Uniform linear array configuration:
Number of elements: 12
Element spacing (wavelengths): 0.25
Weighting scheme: hann
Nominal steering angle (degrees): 15
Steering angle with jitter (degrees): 14.486
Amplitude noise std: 0.05
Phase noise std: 0.05

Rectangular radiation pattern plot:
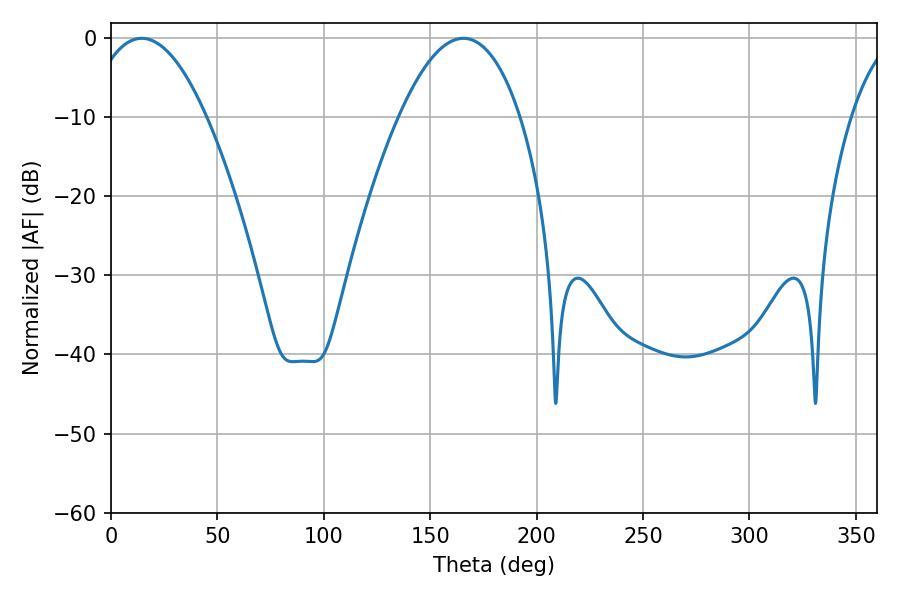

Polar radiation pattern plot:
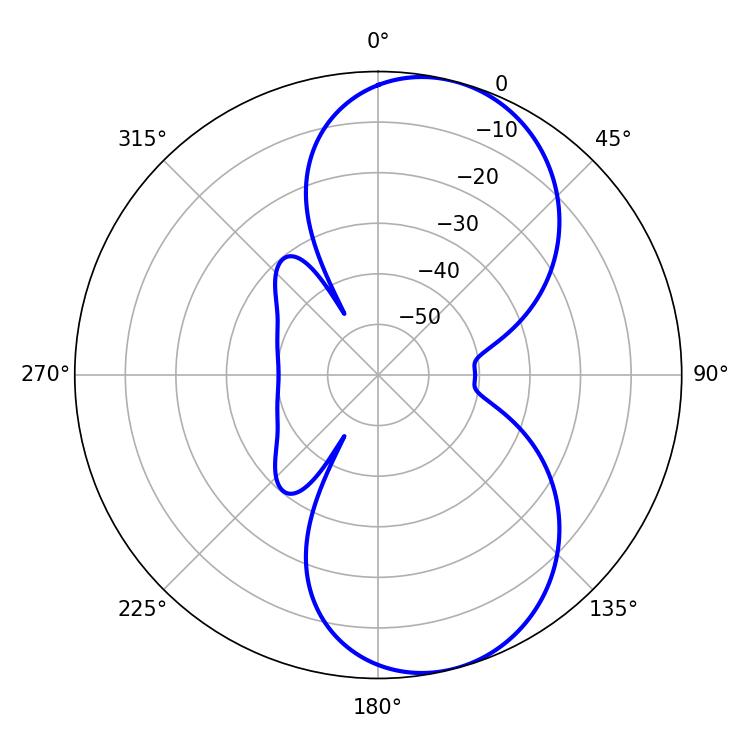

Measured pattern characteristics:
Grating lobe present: FALSE
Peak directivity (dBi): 8.121
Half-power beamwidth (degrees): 30.78
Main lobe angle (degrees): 14.4